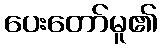
ပေးတော်မူ၏